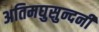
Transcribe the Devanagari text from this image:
अतिमघुसुन्दनी